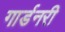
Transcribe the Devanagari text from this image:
गार्डनरी